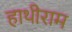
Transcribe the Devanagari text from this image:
हाथीराम